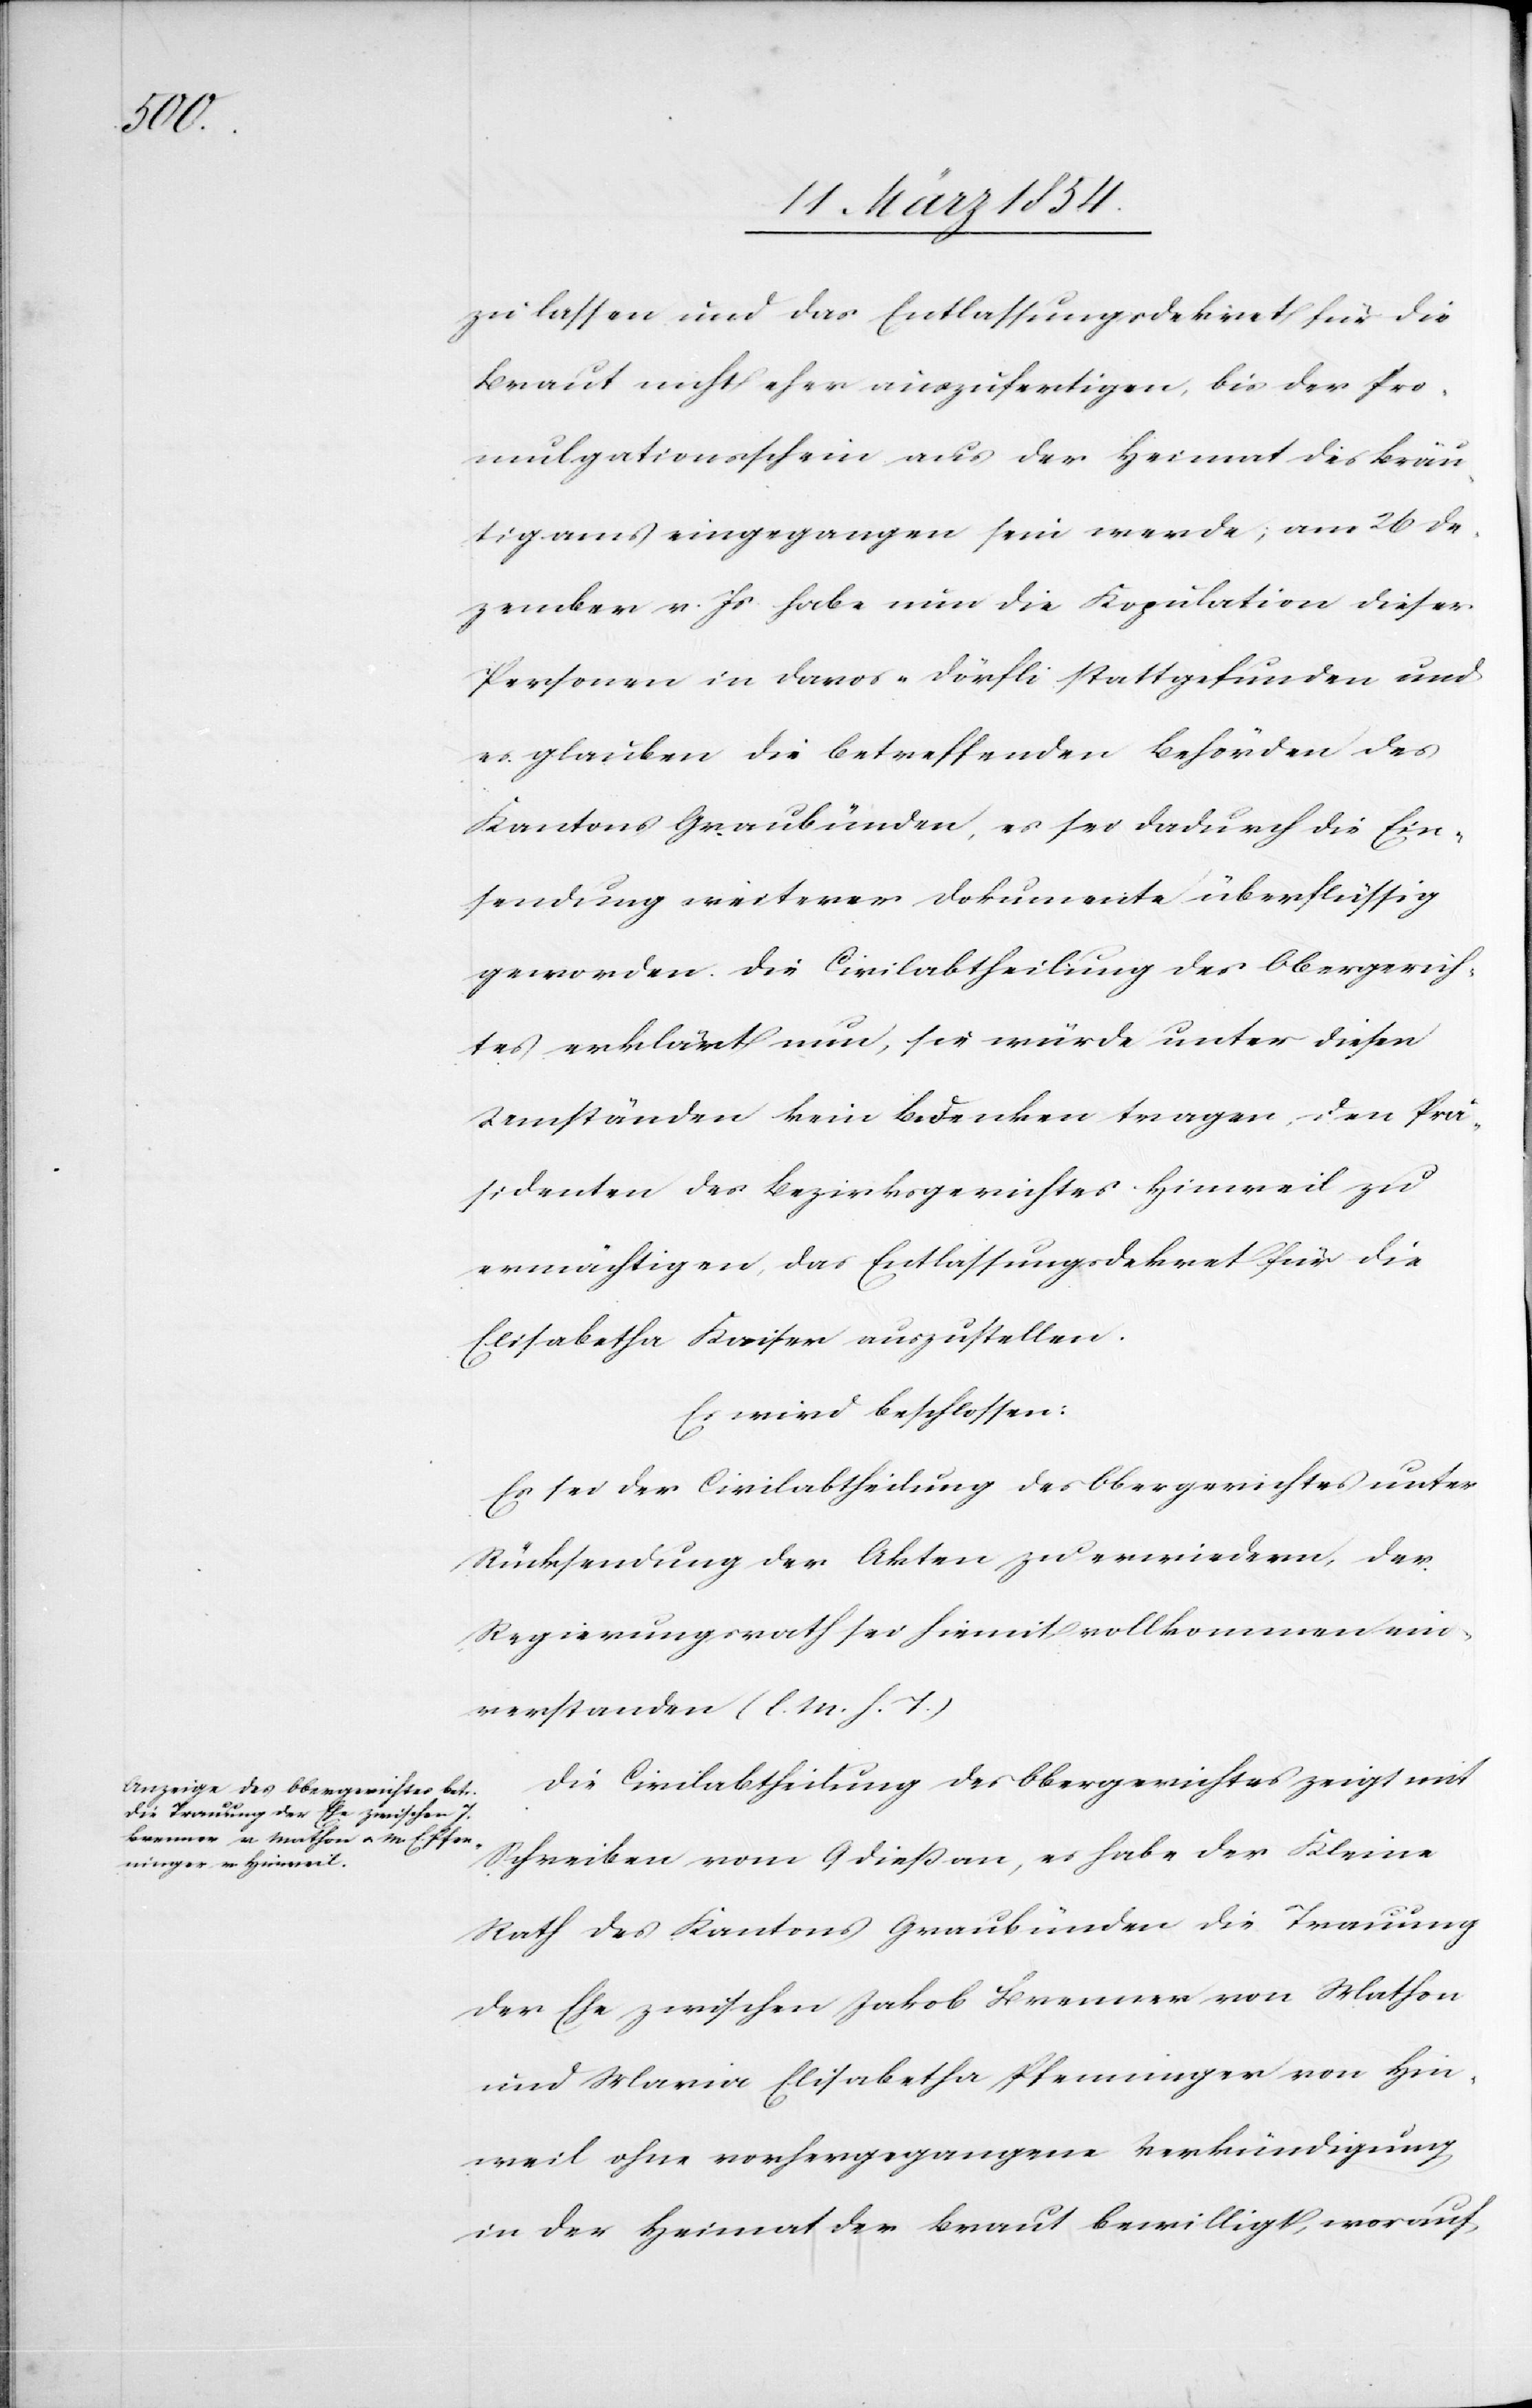
zu lassen und das Entlassungsdekret für die
Braut nicht eher anzufertigen, bis der Pro¬
mulgationsschein aus der Heimat des Bräu¬
tigams eingegangen sein werde; am 26 De¬
zember v. Js habe nun die Kopulation dieser
Personen in Davos-Dörfli stattgefunden und
es glauben die betreffenden Behörden des
Kantons Graubünden, es sei dadurch die Ein¬
sendung weiterer Dokumente überflüssig
geworden. Die Civilabtheilung des Obergerich¬
tes erklärt nun, sie werde unter diesen
Umständen kein Bedenken tragen, den Prä¬
sidenten des Bezirksgerichtes Hinweil zu
ermächtigen, das Entlassungsdekret für die
Elisabetha Kaiser auszustellen.
Es wird beschlossen:
Es sei der Civilabtheilung des Obergerichtes unter
Rücksendung der Akten zu erwiedern, der
Regierungsrath sei hiemit vollkommen ein¬
verstanden (l. M. h. T.)[.]
Die Civilabtheilung des Obergerichtes zeigt mit
Schreiben vom 9 dieß an, es habe der Kleine
Rath des Kantons Graubünden die Trauung
der Ehe zwischen Jakob Brenner von Mathon
und Maria Elisabetha Pfenninger von Hin¬
weil ohne vorhergegangene Verkündigung
in der Heimat der Braut bewilligt, worauf